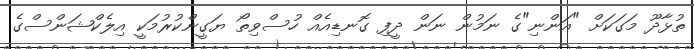
ތުޅާދޫ މަގަަކަށް "އަންނި"ގެ ނަމުން ނަން ދީފި ގޮނޑިއެއް ހުސްވިތޯ ޔަގީންކުރުމަކީ އިލެކްޝަންސްގެ